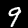
Label: 9